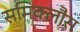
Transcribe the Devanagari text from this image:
समिक्लौस